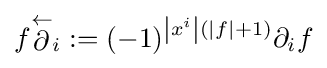
f{\stackrel {\leftarrow }{\partial }}_{i}:=(-1)^{\left|x^{i}\right|(|f|+1)}\partial _{i}f